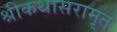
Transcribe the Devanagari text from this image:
श्रीकथासरामृत